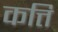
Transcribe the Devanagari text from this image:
कत्ति